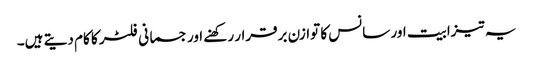
یہ تیزابیت اور سانس کا توازن برقرار رکھنے اور جسمانی فلٹر کا کام دیتے ہیں۔